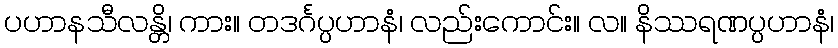
ပဟာနသီလန္တိ၊ ကား။ တဒင်္ဂပ္ပဟာနံ၊ လည်းကောင်း။ လ။ နိဿရဏပ္ပဟာနံ၊